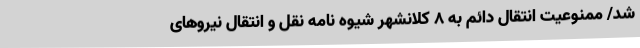
شد/ ممنوعیت انتقال دائم به ۸ کلانشهر شیوه نامه نقل و انتقال نیروهای